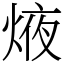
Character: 焲